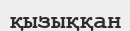
қызыққан